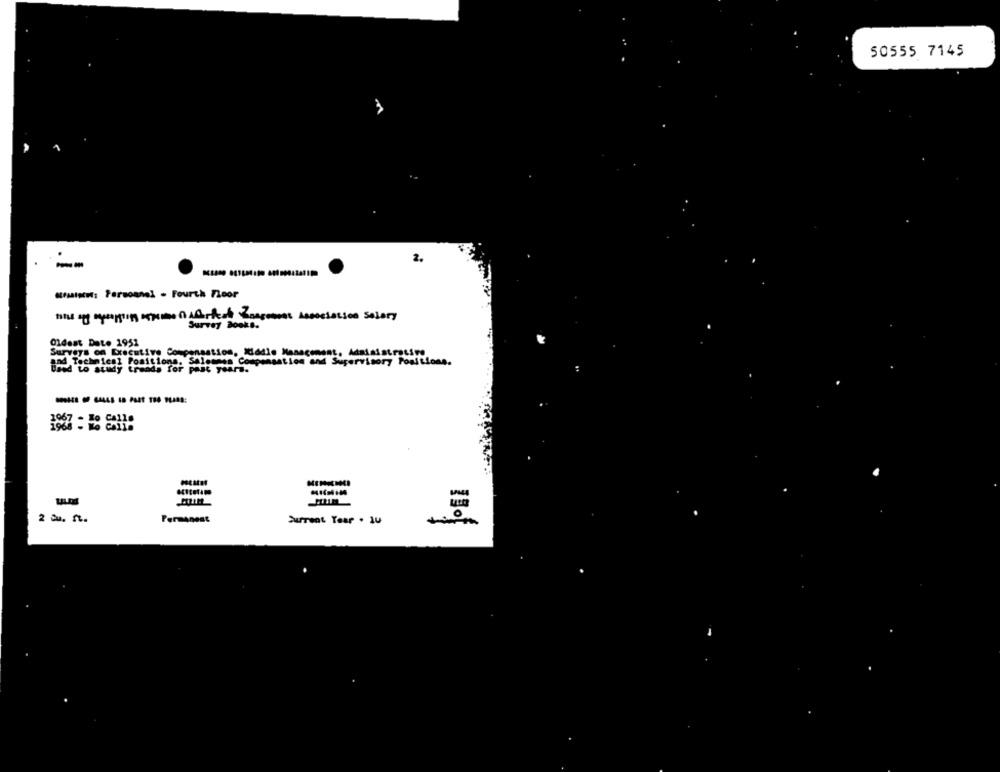
50555 7145
2.
--
Amis: Personnel - Fourth Floor
Survey Books.
Oldest Det. 1951
Surveys on Executive Compensation, Modle Management, Administrative
and Technical Positions, Salesnes Compensation and Supervisory Positions.
ad to study trends for past years.
-------
2 &. n.
Permanent
Surrant Tear . 1U